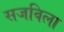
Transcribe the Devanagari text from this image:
सजविला